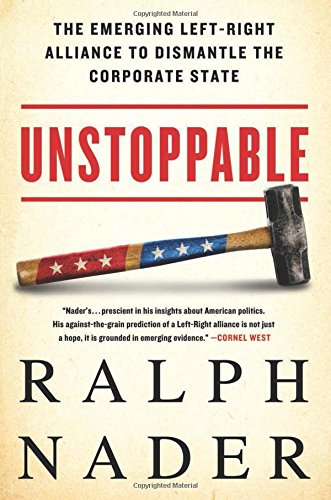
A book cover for Unstoppable: The Emerging Left-Right Alliance to Dismantle the Corporate State; Ralph Nader; Business & Money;